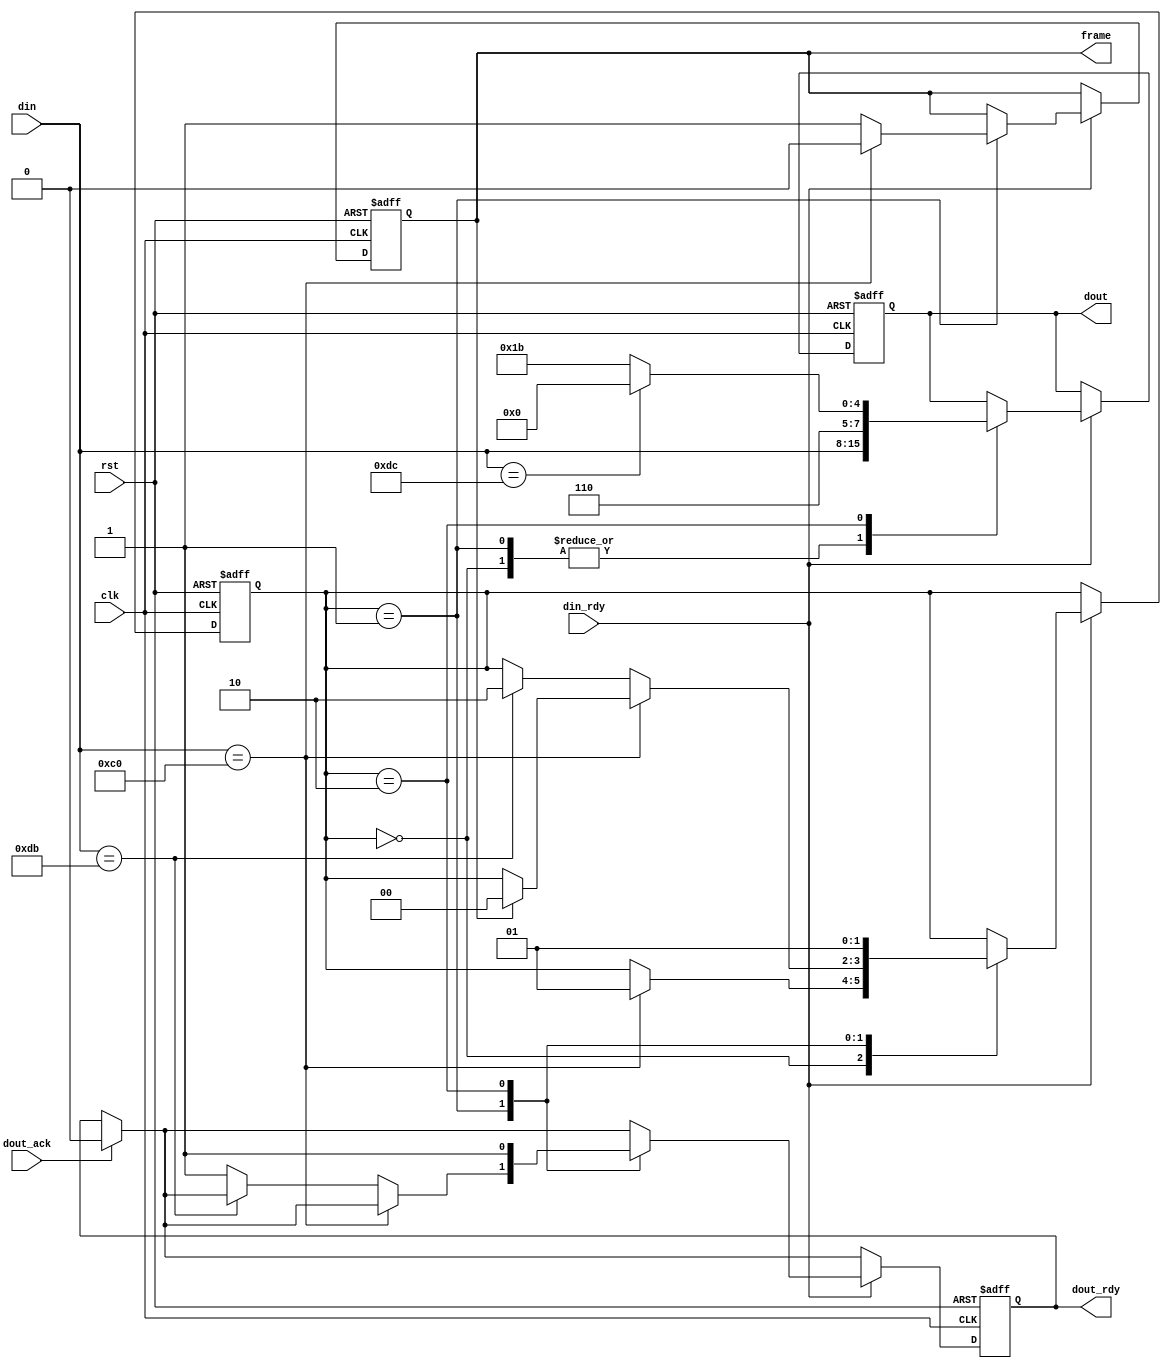
/* slip protocol receiver */
module slip_rx (
	/* clock input, reset input */
	input wire clk, rst,
	
	/* frame signal - set to '1' when in the middle of 
	 * frame processing */
	output reg frame,
	
	/* slip encoded input data */
	input wire [7:0] din,
	/* input data ready signal */
	input wire din_rdy,
	
	/* decoded data output */
	output reg [7:0] dout,
	/* decoded data ready */
	output reg dout_rdy,
	/* decoded data ack */
	input wire dout_ack
);

/* state machine states */
localparam SOF 			= 0;
localparam READ			= 1;
localparam ESC			= 2;

/* special characters */
localparam CHAR_END  	= 8'hC0;
localparam CHAR_ESC		= 8'hDB;
localparam CHAR_ESC_END	= 8'hDC;
localparam CHAR_ESC_ESC = 8'hDD;

/* current state */
reg [1:0] state;
/* buffered version of data */
reg [7:0] din_buf;

/* synchronous logic */
always @ (posedge clk or posedge rst)
begin
	/* reset logic */
	if (rst) begin
		state <= SOF; frame <= 1'b0;
		dout_rdy <= 0; dout <= 0;
	/* normal operation */
	end else begin
		/* clear flag */
		if (dout_ack)
			dout_rdy <= 1'b0;
			
		/* time to process data? */
		if (din_rdy) begin
			/* slip state machine */
			case (state)
			/* wait for sof */
			SOF : begin
				dout <= din; 
				/* start of frame received */
				if (din == CHAR_END)
					state <= READ;
			end
			/* normal operation */
			READ : begin
				dout <= din; 
				/* got ending character? */
				if (din == CHAR_END) begin
					/* prevent multiple consecutive 0xc0 */
					if (frame) begin
						frame <= 1'b0; state <= SOF;
					end
				/* normal decoding */
				end else begin
					/* we are now in the middle of the frame */
					frame <= 1'b1;
					/* got an escape character? */
					if (din == CHAR_ESC) begin
						state <= ESC;
					/* normal character */
					end else begin
						dout_rdy <= 1'b1;
					end
				end
			end
			/* escape */
			ESC : begin
				/* store decoded character */
				dout <= din == CHAR_ESC_END ? CHAR_END : CHAR_ESC;
				/* go back to 'normal' data reading */
				state <= READ; dout_rdy <= 1'b1;
			end
			endcase
		end
	end
end

endmodule